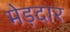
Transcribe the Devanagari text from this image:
मेड़दार